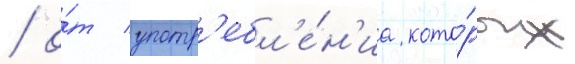
/ о́т употр'ебл'е́н'иа кото́рых